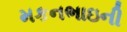
મકનભાઇની